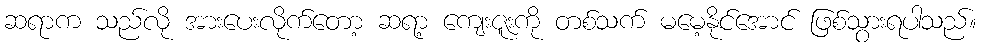
ဆရာက သည်လို အားပေးလိုက်တော့ ဆရာ့ ကျေးဇူးကို တစ်သက် မမေ့နိုင်အောင် ဖြစ်သွားရပါသည်။